Burma Government Medical School reports 1923-41
Year: 1923
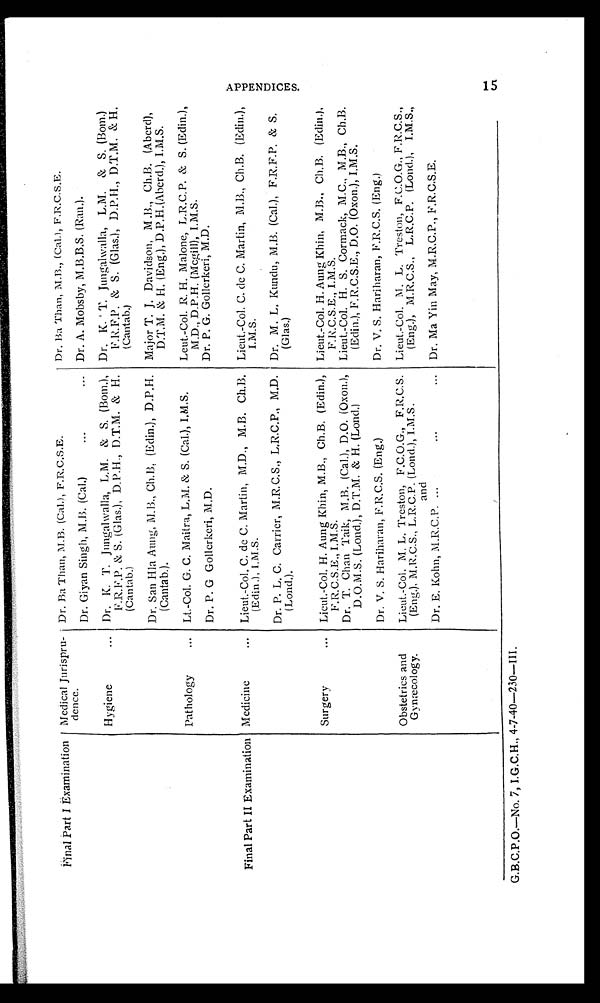
Final Part I Examination Medical Jurispru- Dr. Ba Than, M.B. (Cal.), F.R.C.S.E.
Dr. Ba
Than, M.B., (Cal.), F.R.C.S.E.
dence.
Dr. Giyan Singh, M.B. (Cal,)
Dr. A. Mobsby, M.B.B.S. (Ran.).
Hygiene
Dr. K. T. Jungalwalla, L.M. & S. (Born.),
F.R.F.P. & S. (Glas.), D.P.H., D.T.M. & H.
(Cantab.)
Dr. K. T. Jungalwalla, L.M. & S. (Bom.)
F.R.F.P. & S. (Glas.), D.P.H., D.T.M. & H.
(Cantab.)
Dr. San Hla Aung, M.B., Ch.B, (Eclin.), D.P.H.
(Cantab.).
Major T. J. Davidson, M.B., Ch.B. (Aberd),
D.T.M. & H. (Eng.), D.P.H.(Aberd.), I.M.S.
Pathology
Lt.-Col. G. C. Maitra, L.M. & S. (Cal.), I.M.S. Leut.-Col. R. H. Malone, L.R.C.P. & S. (Edin.),
M.D., D.P.H. (Mcgill), I.M.S.
Dr. P. G Gollerkeri, M.D.
Dr. P. G. Gollerkeri, M.D.
Final Part II Examination Medicine
Lieut.-Col. C. de C. Martin, M.D., M.B. Ch.B.
(Edin.), I.M.S.
Lieut.-Col. C. de C. Martin, M.B., Ch.B. (Edin),
I.M.S.
Dr. P. L. C. Carrier, M.R.C.S., L.R.C.P., M.D.
(Lond.).
Dr. M. L. Kundu, M.B. (Cal.), F.R.F.P. & S.
(Glas.)
Surgery
Lieut.-Col. H. Aung Khin, M.B., Ch.B. (Edin.),
F.R.C.S.E., I.M.S.
Lieut.-Col. H. Aung Khin, M.B., Ch.B. (Edin.),
F.R.C.S.E., I.M.S.
Dr. T. Chan Taik,
M . B .
( C a l . ) , D . O . ( O x o n . ) ,
D.O.M.S. (Lond.), D.T.M. & H. (Lond.)
Lieut.-Col. H. S. Cormack, M.C., M.B., Ch.B.
(Edin.), F.R.C.S.E., D.O. (Oxon.), I.M.S.
Dr. V. S. Hariharan, F.R.C.S. (Eng.)
Dr. V. S. Hariharan, F.R.C.S. (Eng.)
Obstetrics and
Gynæcology. Lieut.-Col. M. L. Treston, F.C.O.G., F.R.C.S.
(Eng.). M.R.C.S., L.R.C.P. (Lond.), I.M.S.
and
Lieut.-Col. M. L. Treston, F.C.O.G., F.R.C.S.,
(Eng.), M.R.C.S., L.R.C.P. (Lond.), I.M.S.,
Dr. E. Kohn, M.R.C.P.
Dr. Ma Yin May, M.R.C.P., F.R.C.S.E.
G.B.C.P.0.--No. 7, I.G.C.H., 4-7-40-230—III.
15